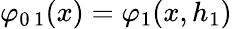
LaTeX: \varphi_{0\, 1}(x)=\varphi_{1}(x,h_{1})